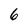
Character: 6